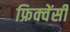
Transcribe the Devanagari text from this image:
फ्रिक्‍वेंसी